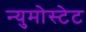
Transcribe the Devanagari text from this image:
न्युमोस्टेट